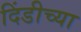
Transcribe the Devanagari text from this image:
दिंडीच्या